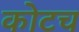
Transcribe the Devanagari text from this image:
कोटच